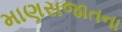
માણસજાતના